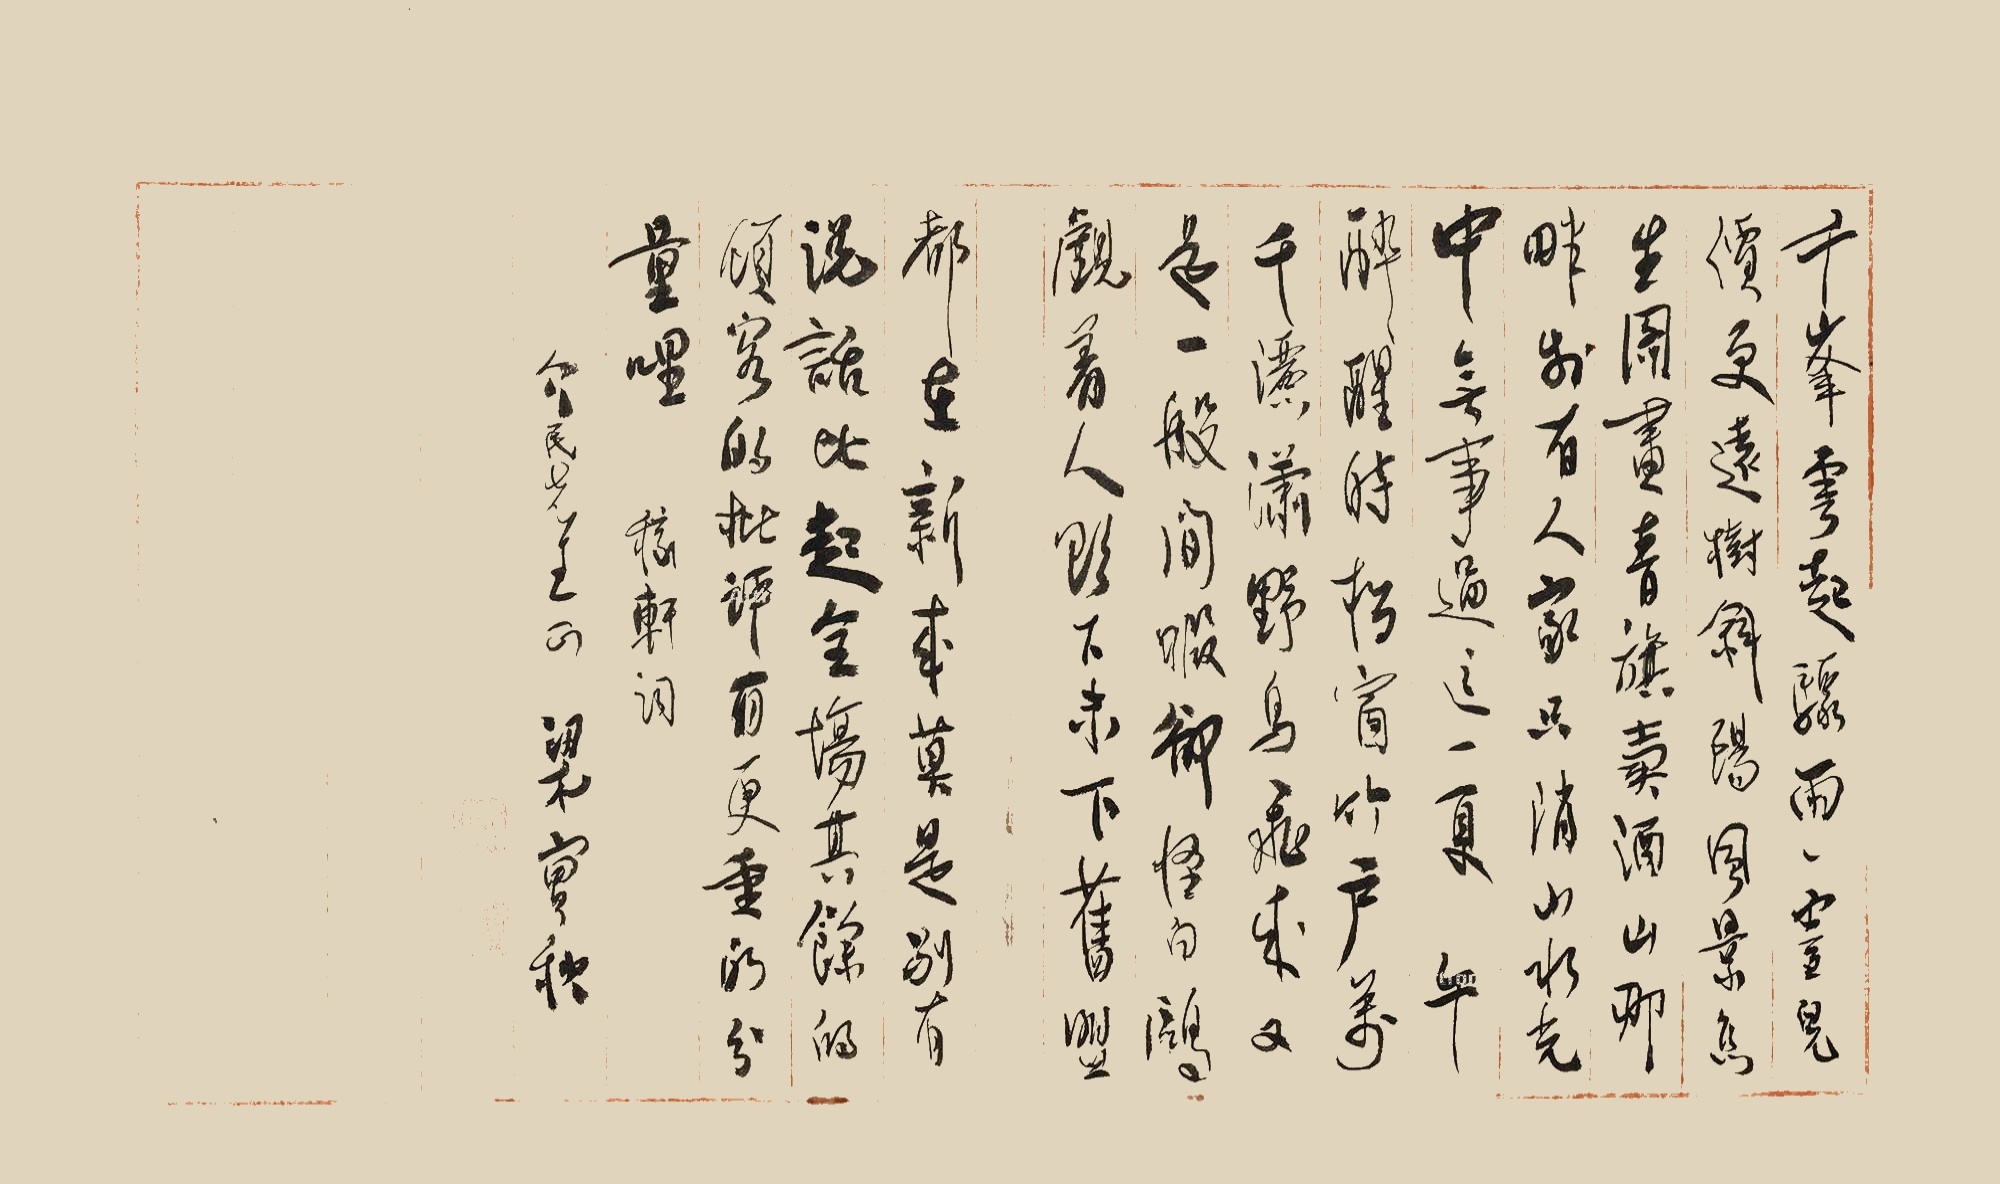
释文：千峰云起，骤雨一霎儿价。更远树斜阳，风景怎生图画。青旗卖酒，山那畔、别有人间，只消山水光中，无事过这一夏。午醉醒时，松窗竹户，万千潇洒。野鸟飞来，又是一般闲暇。却怪白鸥，觑着人、欲下未下。旧盟都在，新来莫是，别有说话。比起全场其余的顾客的批评，有更重的分量哩。稼轩词，介民先生正，梁实秋。